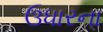
ઉધારના